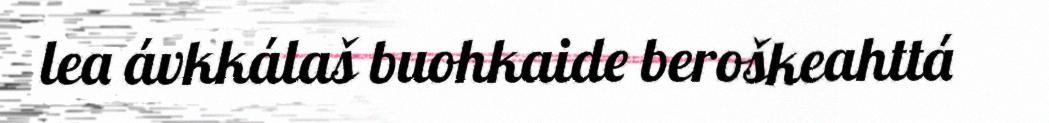
lea ávkkálaš buohkaide beroškeahttá